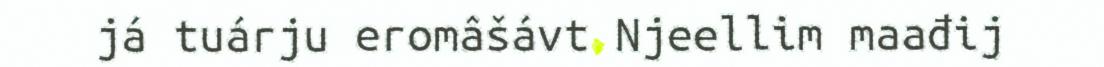
já tuárju eromâšávt Njeellim maađij